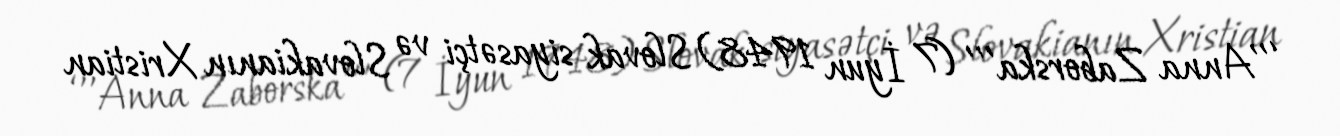
‘’’Anna Zaborska’’’ (7 İyun 1948) Slovak siyasətçi və Slovakianın Xristian